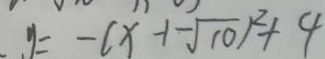
. y = - ( x - 1 - \sqrt { 1 0 } ) ^ { 2 } + 4